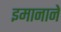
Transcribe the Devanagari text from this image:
इमानाने